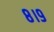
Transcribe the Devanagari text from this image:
८।९